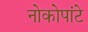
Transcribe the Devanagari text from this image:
नोकोपांटे